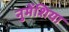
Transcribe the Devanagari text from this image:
नुमेंशिया